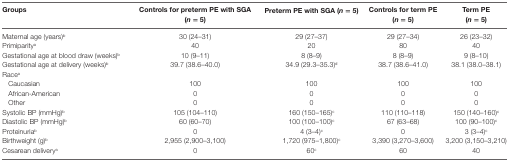
<table><thead><tr><td><b>Groups</b></td><td><b>Controls for preterm PE with SGA (<i>n</i> = 5)</b></td><td><b>Preterm PE with SGA (<i>n</i> = 5)</b></td><td><b>Controls for term PE (<i>n</i> = 5)</b></td><td><b>Term PE (<i>n</i> = 5)</b></td></tr></thead><tbody><tr><td>Maternal age (years)<sup>b</sup></td><td>30 (24–31)</td><td>29 (27–37)</td><td>29 (27–34)</td><td>26 (23–32)</td></tr><tr><td>Primiparity<sup>a</sup></td><td>40</td><td>20</td><td>80</td><td>40</td></tr><tr><td>Gestational age at blood draw (weeks)<sup>b</sup></td><td>10 (9–11)</td><td>8 (8–9)</td><td>8 (8–9)</td><td>9 (8–10)</td></tr><tr><td>Gestational age at delivery (weeks)<sup>b</sup></td><td>39.7 (38.6–40.0)</td><td>34.9 (29.3–35.3)<sup>d</sup></td><td>38.7 (38.6–41.0)</td><td>38.1 (38.0–38.1)</td></tr><tr><td>Race<sup>a</sup></td><td></td><td></td><td></td><td></td></tr><tr><td> Caucasian</td><td>100</td><td>100</td><td>100</td><td>100</td></tr><tr><td> African-American</td><td>0</td><td>0</td><td>0</td><td>0</td></tr><tr><td> Other</td><td>0</td><td>0</td><td>0</td><td>0</td></tr><tr><td>Systolic BP (mmHg)<sup>b</sup></td><td>105 (104–110)</td><td>160 (150–165)<sup>c</sup></td><td>110 (110–118)</td><td>150 (140–160)<sup>c</sup></td></tr><tr><td>Diastolic BP (mmHg)<sup>b</sup></td><td>60 (60–70)</td><td>100 (100–100)<sup>c</sup></td><td>67 (63–68)</td><td>100 (90–100)<sup>c</sup></td></tr><tr><td>Proteinuria<sup>b</sup></td><td>0</td><td>4 (3–4)<sup>c</sup></td><td>0</td><td>3 (3–4)<sup>c</sup></td></tr><tr><td>Birthweight (g)<sup>b</sup></td><td>2,955 (2,900–3,100)</td><td>1,720 (975–1,800)<sup>c</sup></td><td>3,390 (3,270–3,600)</td><td>3,200 (3,150–3,210)</td></tr><tr><td>Cesarean delivery<sup>a</sup></td><td>0</td><td>60<sup>c</sup></td><td>60</td><td>40</td></tr></tbody></table>